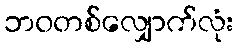
ဘဝတစ်လျှောက်လုံး